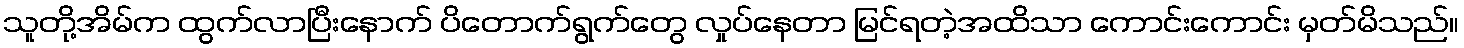
သူတို့အိမ်က ထွက်လာပြီးနောက် ပိတောက်ရွက်တွေ လှုပ်နေတာ မြင်ရတဲ့အထိသာ ကောင်းကောင်း မှတ်မိသည်။